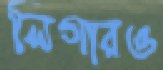
লিগারও